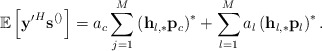
\begin{align*} \mathbb{E}\left[\mathbf{y'}^H\mathbf{s}^{\left(\right)}\right]=a_c\sum_{j=1}^{M}\left(\mathbf{h}_{l,*}\mathbf{p}_c\right)^{*}+\sum_{l=1}^M a_l \left(\mathbf{h}_{l,*}\mathbf{p}_l\right)^{*}.\end{align*}